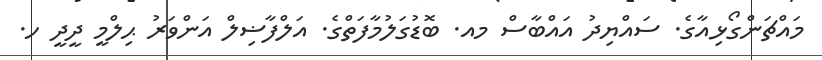
މައްޗަންގޯޅިއާގެ. ސައްޔިދު އައްބާސް މއ. ބޮޑުގަލުމާފަތްގެ. އަލްފާޟިލް އަންވަރު ޙިލްމީ ދީދީ ހ.